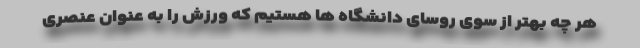
هر چه بهتر از سوی روسای دانشگاه ها هستیم که ورزش را به عنوان عنصری